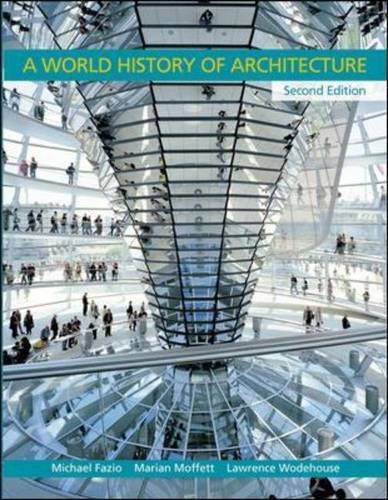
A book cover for A World History of Architecture; Michael Fazio; Arts & Photography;